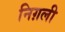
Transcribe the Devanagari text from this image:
निग़ली